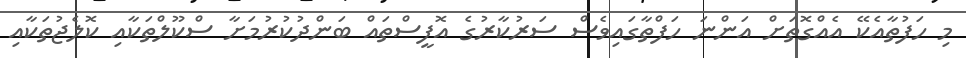
މި ހަފުތާއެކޭ އެއްގޮތަށް އަންނަ ހަފްތާގައިވެސް ސަރުކާރުގެ އޮފީސްތައް ބަންދުކުރުމަށާ ސްކޫލްތަކާއި ކޮލެޖުތަކާއި